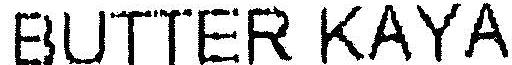
BUTTER KAYA